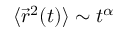
\langle \vec { r } ^ { 2 } ( t ) \rangle \sim t ^ { \alpha }